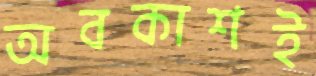
অবকাশই